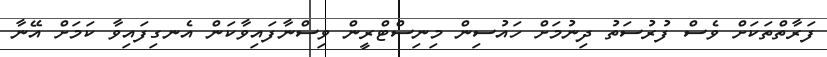
ފަރާތްތަކަށް ވެސް ފުރުސަތު ދިނުމަށް ހައުސިން މިނިސްޓްރީން ވިސްނާފައިވާކަން އެނގިފައިވާ ކަމަށް އޭނާ